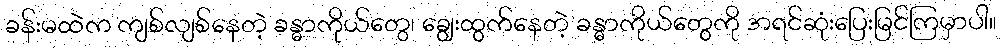
ခန်းမထဲက ကျစ်လျစ်နေတဲ့ ခန္ဓာကိုယ်တွေ၊ ချွေးထွက်နေတဲ့ ခန္ဓာကိုယ်တွေကို အရင်ဆုံးပြေးမြင်ကြမှာပါ။